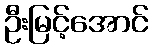
ဦးမြင့်အောင်